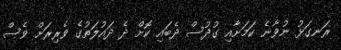
ރަނގަޅު ނުވާނެ ކަމަށާއި ގުދުސް ދެބައި ކޮށް ދެ ދައުލަތުގެ ވެރިރަށް ވެސް